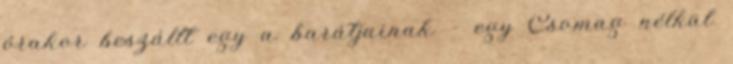
órakor beszállt egy a barátjainak – egy Csomag nélkül